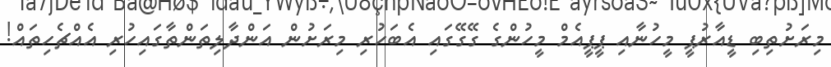
މިރަށުތިބި ޑީއާރުޕީ މީހުނާއި ޕީޕީއެމް މީހުންގެ ގޭގޭގައި އެބަހުރި މިރަށުން އަންދާލިތަންތާގައިހުރި އެއްޗެހިތައް!